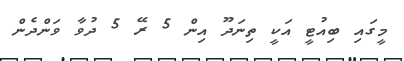
މީގައި ބިއުޓީ އަކީ ތިނަދޫ އިން 5 ރޭ 5 ދުވާ ވަންދެން